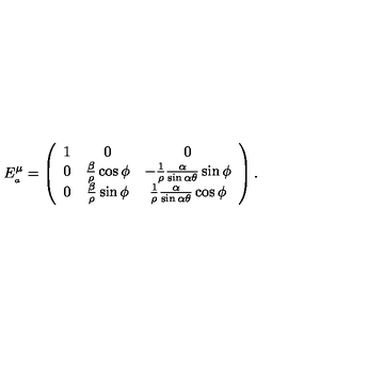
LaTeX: E _ { _ { a } } ^ { \mu } = \left( \begin{array} { c c c } { 1 } & { 0 } & { 0 } \\ { 0 } & { \frac { \beta } { \rho } \cos \phi } & { - \frac { 1 } { \rho } \frac { \alpha } { \sin \alpha \theta } \sin \phi } \\ { 0 } & { \frac { \beta } { \rho } \sin \phi } & { \frac { 1 } { \rho } \frac { \alpha } { \sin \alpha \theta } \cos \phi } \\ \end{array} \right) .